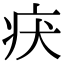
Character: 𤴻